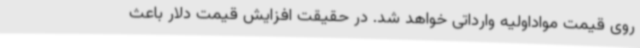
روی قیمت مواداولیه وارداتی خواهد شد. در حقیقت افزایش قیمت دلار باعث